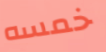
خمسه